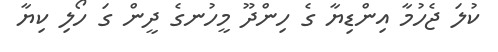
ކުލަ ޖެހުމާ އިންޑިޔާ ގެ ހިންދޫ މީހުނގެ ދީން ގަ ހޯލި ކިޔާ